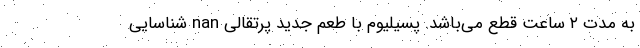
به مدت ۲ ساعت قطع می‌باشد. پسیلیوم با طعم جدید پرتقالی nan شناسایی